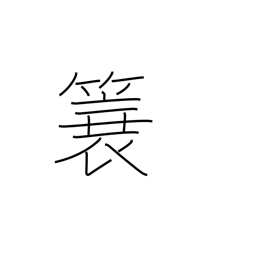
Meaning: straw raincoat